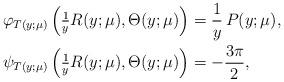
LaTeX: \begin{align*}\varphi_{T(y;\mu)} \left( \tfrac{1}{y} R(y;\mu), \Theta(y;\mu) \right) &= \frac{1}{y} \,P(y;\mu), \\\psi_{T(y;\mu)} \left( \tfrac{1}{y} R(y;\mu), \Theta(y;\mu) \right) &= -\frac{3 \pi}{2},\end{align*}